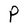
Character: P